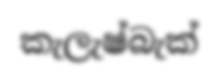
කැලැෂ්බැක්